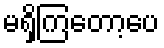
မရှိကြတော့ပေ